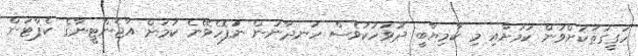
ހަގީގަތަކަށްވުން ކަމަށާއި މި ކާމިޔާބީ ދުވަހަކުވެސް ހަނދާނުން ނުފޮހެވޭނެ ކަމަށް އާޖެންޓީނާގެ ކެޕްޓަން